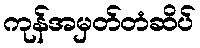
ကုန်အမှတ်တံဆိပ်